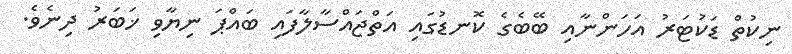
ނިކުތް ޑަކުޓަރު އަހަންނާއި ބޭބެގެ ކޮނޑުގައި އަތްޖައްސާލާފައި ބައްޕަ ނިޔާވި ޚަބަރު ދިނެވެ.